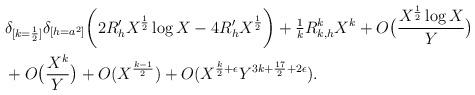
LaTeX: \begin{align*} &\delta_{[k = \frac{1}{2}]} \delta_{[h = a^2]} \bigg( 2 R'_h X^{\frac{1}{2}} \log X -4R'_h X^{\frac{1}{2}} \bigg) + \tfrac{1}{k} R_{k, h}^k X^{k} + O\big(\frac{X^{\frac{1}{2}}\log X}{Y}\big) \\ &+ O\big(\frac{X^{k}}{Y}\big) + O(X^{\frac{k-1}{2}}) + O(X^{\frac{k}{2} + \epsilon} Y^{3k + \frac{17}{2} + 2\epsilon}).\end{align*}